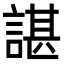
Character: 諶